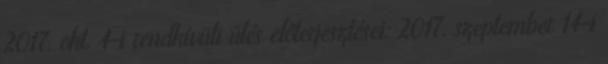
2017. okt. 4-i rendkívüli ülés előterjesztései: 2017. szeptember 14-i